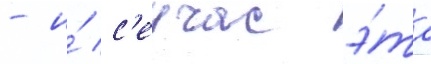
- и́ с'еичас э́та